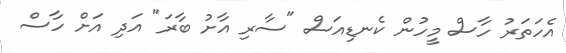
އެހަތަރު ހާސް މީހުން ކެނޑިއަސް "ސާރި އާށު ބާރަ" އަދި އަށް ހާސް